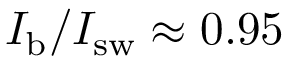
I _ { \mathrm { b } } / I _ { \mathrm { s w } } \approx 0 . 9 5